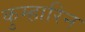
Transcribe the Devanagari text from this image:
कुम्हारिन